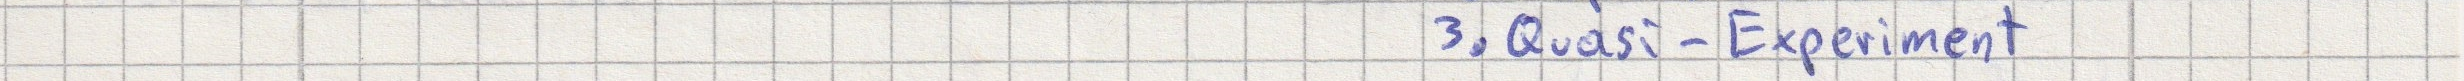
3. Quasi-Experiment